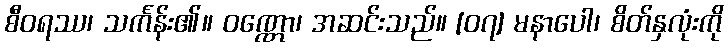
စီဝရဿ၊ သင်္ကန်း၏။ ဝဏ္ဏော၊ အဆင်းသည်။ [၀၇] မနာပေါ၊ စိတ်နှလုံးကို